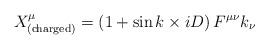
LaTeX: \begin{align*}X^{\mu}_{\rm (charged)} = \left(1 + \sin {k\times iD}\right)F^{\mu\nu} k_{\nu}\end{align*}